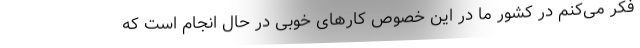
فکر می‌کنم در کشور ما در این خصوص کارهای خوبی در حال انجام است که